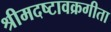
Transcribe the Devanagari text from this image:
श्रीमदष्टावक्रगीता